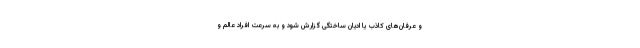
و عرفان‌های کاذب یا ادیان ساختگی گزارش شود و به سرعت افراد عالم و